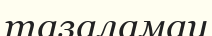
тазаламау